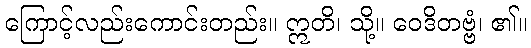
ကြောင့်လည်းကောင်းတည်း။ ဣတိ၊ သို့။ ဝေဒိတဗ္ဗံ၊ ၏။